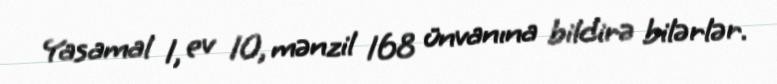
Yasamal 1, ev 10, mənzil 168 ünvanına bildirə bilərlər.